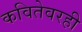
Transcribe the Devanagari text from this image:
कवितेवरही